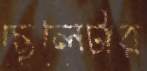
ছেলেটার